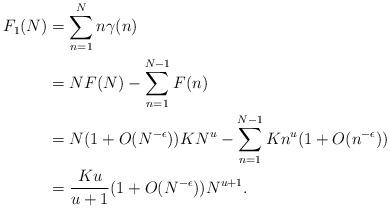
LaTeX: \begin{align*} F_1(N) & = \sum_{n=1}^{N} n\gamma(n)\\ & = NF(N) - \sum_{n=1}^{N-1} F(n)\\& = N(1+O(N^{-\epsilon})) KN^u - \sum_{n=1}^{N-1} Kn^u(1+O(n^{-\epsilon}))\\& = \frac{Ku}{u+1}(1+O(N^{-\epsilon}))N^{u+1}.\end{align*}